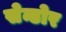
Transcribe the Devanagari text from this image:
सेन्डोर